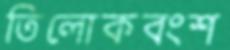
তিলোকবংশ